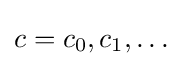
c=c_{0},c_{1},\ldots